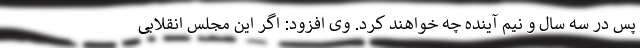
پس در سه سال و نیم آینده چه خواهند کرد. وی افزود: اگر این مجلس انقلابی